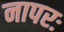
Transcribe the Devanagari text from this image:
नापरः